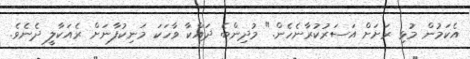
އެކަމުން މުޅި ރަށަށް އަސަރުކުރާނެހެން." މުދިންބެ ދައްކާ ވާހަކަ މަނިކުފާނަށް ރެއަކާލީ ދެނެވެ.